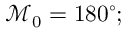
\mathcal { M } _ { 0 } = 1 8 0 ^ { \circ } ;